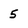
Character: 5